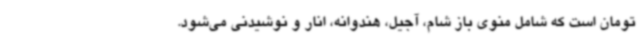
تومان است که شامل منوی باز شام، آجیل، هندوانه، انار و نوشیدنی می‌شود.